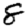
Digit: 8